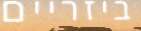
ביזריים